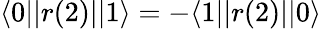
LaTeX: \langle 0||r(2)||1\rangle=-\langle 1||r(2)||0\rangle